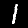
Digit: 1